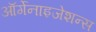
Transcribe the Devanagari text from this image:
ऑर्गेनाइजेशन्स